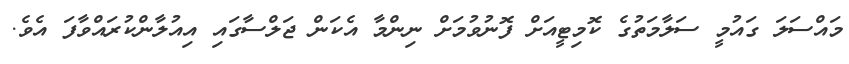
މައްސަލަ ގައުމީ ސަލާމަތުގެ ކޮމިޓީއަށް ފޮނުވުމަށް ނިންމާ އެކަން ޖަލްސާގައި އިއުލާންކުރައްވާފަ އެވެ.